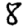
Digit: 8